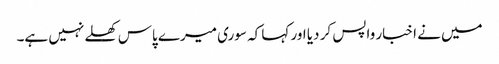
میں نے اخبار واپس کر دیا اور کہا کہ سوری میرے پاس کھلے نہیں ہے۔